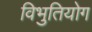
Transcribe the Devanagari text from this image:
विभुतियोग